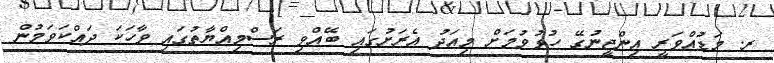
ރ. މަޑުއްވަރީ އިންޖީނުގޭ ހުޅުވުމަށް މިއަދު އެރަށުގައި ބޭއްވި ރަސްމިއްޔާތުގައި ވާހަކަ ދައްކަވަމުން